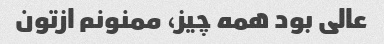
عالی بود همه چیز، ممنونم ازتون